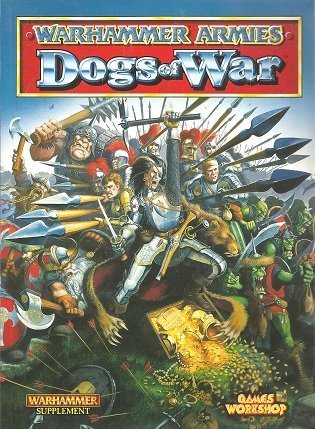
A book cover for Warhammer Armies: Dogs of War, a Warhammer Supplement; David Ferring; Science Fiction & Fantasy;